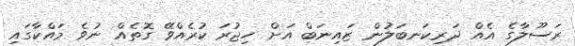
ރަސޫލާގެ އެއް ދަރިކަނބަލުން ޒައިނަބް އަށް ހިޖުރަ ކުރެއްވޭ ގޮތެއް ނުވެ މައްކާގައި